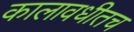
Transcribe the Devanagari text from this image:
कालावधीतच